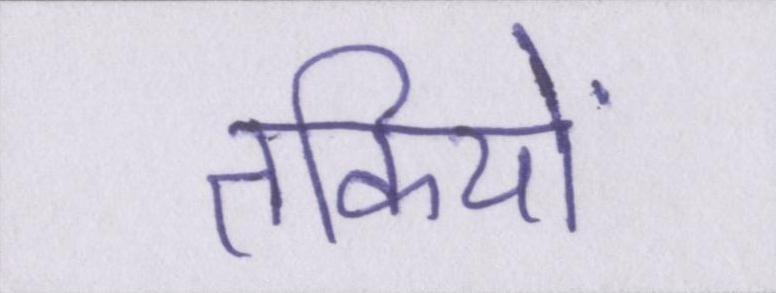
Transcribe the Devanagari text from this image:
तकियों